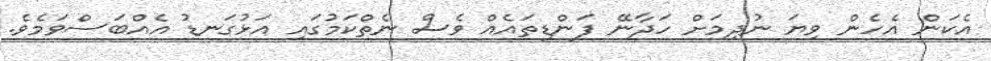
އެކަން އެހެން ވިޔަ ނުދިމަށް ހަދާނޭ ފަންޑިތައެއް ވެސް ނެތްކަމުގައި އަޅުގަނޑު އެއްބަސްވަމެވެ.